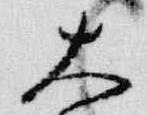
大